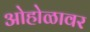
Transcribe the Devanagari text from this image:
ओहोळावर